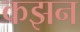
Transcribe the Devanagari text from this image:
कझन